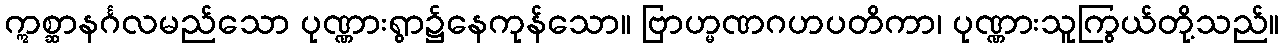
ဣစ္ဆာနင်္ဂလမည်သော ပုဏ္ဏားရွာ၌နေကုန်သော။ ဗြာဟ္မဏဂဟပတိကာ၊ ပုဏ္ဏားသူကြွယ်တို့သည်။